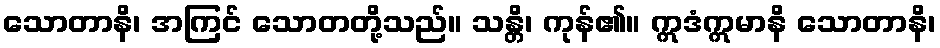
သောတာနိ၊ အကြင် သောတတို့သည်။ သန္တိ၊ ကုန်၏။ ဣဒံဣမာနိ သောတာနိ၊